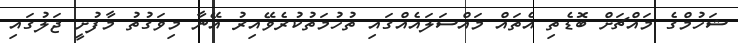
ޝަހުމްގެ މައްޗަށް ބޮޑެތި އެތައް މައްސަލައެއްގައި ތުހުމަތުކުރެވޭއިރު އޭނާ މިވަގުތު މާފުށީ ޖަލުގައި